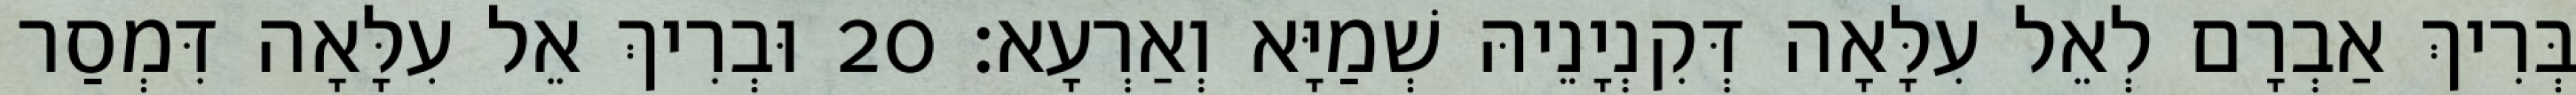
בְּרִיךְ אַבְרָם לְאֵל עִלָּאָה דְּקִנְיָנֵיהּ שְׁמַיָּא וְאַרְעָא׃ 20 וּבְרִיךְ אֵל עִלָּאָה דִּמְסַר